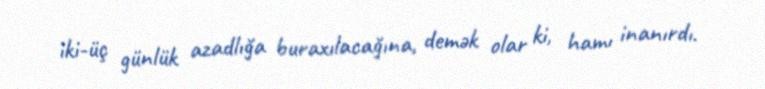
iki-üç günlük azadlığa buraxılacağına, demək olar ki, hamı inanırdı.